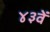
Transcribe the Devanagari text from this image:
४३वें